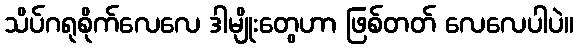
သိပ်ဂရုစိုက်လေလေ ဒါမျိုးတွေဟာ ဖြစ်တတ် လေလေပါပဲ။